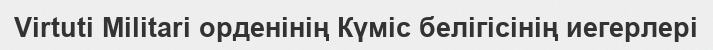
Virtuti Militari орденінің Күміс белігісінің иегерлері